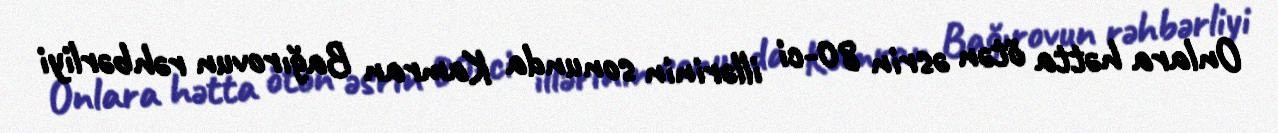
Onlara hətta ötən əsrin 80-ci illərinin sonunda Kamran Bağırovun rəhbərliyi